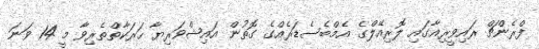
ފްރެންޗް ރައިވީރިއާގައި ލޮރިއޭލްގެ އެމްބެސެޑަރެއްގެ ގޮތުން އައިޝްވަރިޔާ ހަރަކާތްތެރިވާ މީ 14 ވަނަ